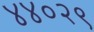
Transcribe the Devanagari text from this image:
४४०२९